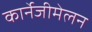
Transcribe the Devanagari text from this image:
कार्नेजीमेलन